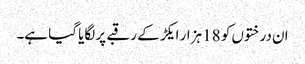
ان درختوں کو 18 ہزار ایکڑ کے رقبے پر لگایا گیا ہے۔